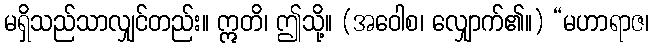
မရှိသည်သာလျှင်တည်း။ ဣတိ၊ ဤသို့။ (အဝေါစ၊ လျှောက်၏။) “မဟာရာဇ၊